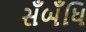
સઁબઁધિ